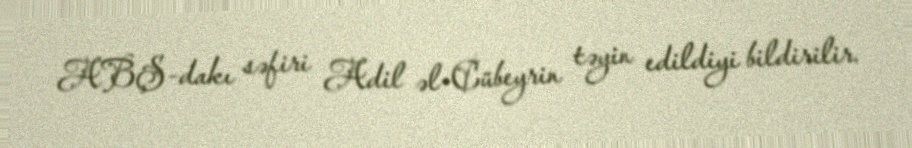
ABŞ-dakı səfiri Adil əl-Cübeyrin təyin edildiyi bildirilir.